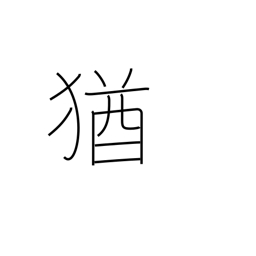
Meaning: still